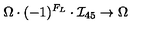
\Omega \cdot ( - 1 ) ^ { F _ { L } } \cdot { \mathcal I } _ { 4 5 } \to \Omega